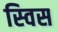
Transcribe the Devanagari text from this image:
स्‍विस